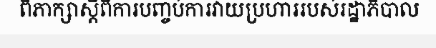
ពិភាក្សាស្តីពីការបញ្ចប់ការវាយប្រហាររបស់រដ្ឋាភិបាល